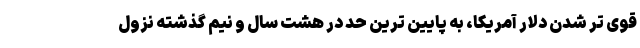
قوی تر شدن دلار آمریکا، به پایین ترین حد در هشت سال و نیم گذشته نزول